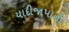
યાદીજાપાની